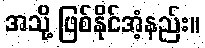
အသို့ ဖြစ်နိုင်အံ့နည်း။